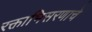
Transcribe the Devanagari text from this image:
रक्ताभिसरणाचे